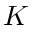
K